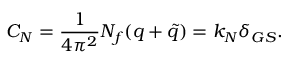
C _ { N } = { \frac { 1 } { 4 \pi ^ { 2 } } } N _ { f } ( q + { \tilde { q } } ) = k _ { N } \delta _ { G S } .